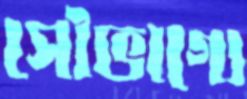
সৌভাগ্যে